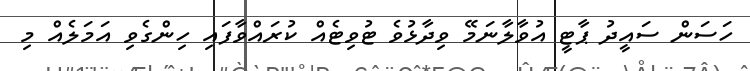
ހަސަން ސައީދު ޕާޓީ އުވާލާނަމޭ ވިދާޅުވެ ޓުވިޓެއް ކުރައްވާފައި ހިންގެވި އަމަލެއް މި